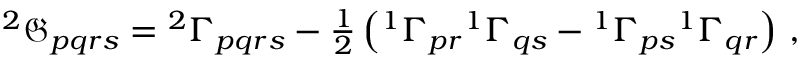
\begin{array} { r } { ^ { 2 } \mathfrak { G } _ { p q r s } = { ^ { 2 } \Gamma _ { p q r s } } - \frac { 1 } { 2 } \left( { ^ { 1 } \Gamma _ { p r } } { ^ { 1 } \Gamma _ { q s } } - { ^ { 1 } \Gamma _ { p s } } { ^ { 1 } \Gamma _ { q r } } \right) \, , } \end{array}